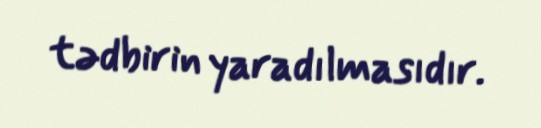
tədbirin yaradılmasıdır.